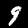
Label: 9